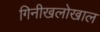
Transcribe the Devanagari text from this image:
गिनीखलोखाल